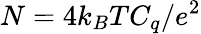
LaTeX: N=4k_{B}TC_{q}/e^{2}